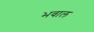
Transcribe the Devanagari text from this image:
भवाल